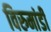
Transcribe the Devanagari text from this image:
विरुमांडी